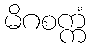
မိဂစက္ကံ